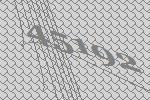
45192